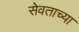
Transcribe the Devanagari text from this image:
सेवताच्या